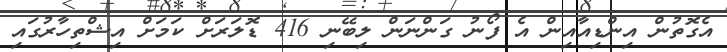
އެގޮތުން އިންޑިއާއިން އެ ފޯނު ގަންނަން ލިބޭނި 416 ޑޮލަރަށް ކަމަށް އިޝްތިހާރުގައި